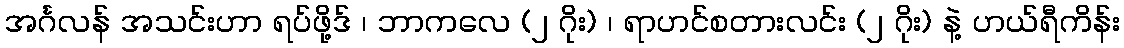
အင်္ဂလန် အသင်းဟာ ရပ်ဖို့ဒ် ၊ ဘာကလေ (၂ ဂိုး) ၊ ရာဟင်စတားလင်း (၂ ဂိုး) နဲ့ ဟယ်ရီကိန်း